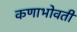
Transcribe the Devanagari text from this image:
कणाभोवती